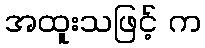
အထူးသဖြင့် က